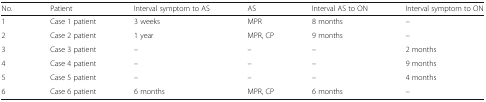
<table><thead><tr><td><b>No.</b></td><td><b>Patient</b></td><td><b>Interval symptom to AS</b></td><td><b>AS</b></td><td><b>Interval AS to ON</b></td><td><b>Interval symptom to ON</b></td></tr></thead><tbody><tr><td>1</td><td>Case 1 patient</td><td>3 weeks</td><td>MPR</td><td>8 months</td><td>–</td></tr><tr><td>2</td><td>Case 2 patient</td><td>1 year</td><td>MPR, CP</td><td>9 months</td><td>–</td></tr><tr><td>3</td><td>Case 3 patient</td><td>–</td><td>–</td><td>–</td><td>2 months</td></tr><tr><td>4</td><td>Case 4 patient</td><td>–</td><td>–</td><td>–</td><td>9 months</td></tr><tr><td>5</td><td>Case 5 patient</td><td>–</td><td>–</td><td>–</td><td>4 months</td></tr><tr><td>6</td><td>Case 6 patient</td><td>6 months</td><td>MPR, CP</td><td>6 months</td><td>–</td></tr></tbody></table>